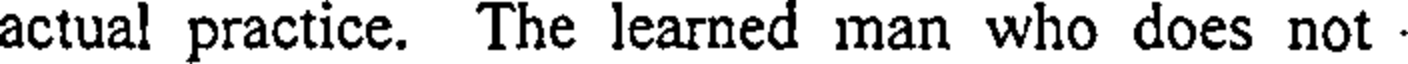
actual practice. The learned man who does not